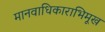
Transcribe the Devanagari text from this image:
मानवाधिकाराभिमूख